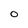
Character: 0